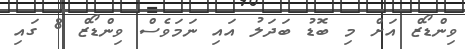
ވިންޑޯޒް އަށް މި ބޮޑު ބަދަލު އައި ނަމަވެސް ވިންޑޯޒް 8 ގައި